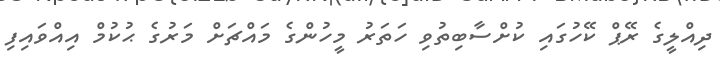
ދިއްލީގެ ރޭޕް ކޭހުގައި ކުށްސާބިތުވި ހަތަރު މީހުންގެ މައްޗަށް މަރުގެ ޙުކުމް އިއްވައިފި